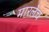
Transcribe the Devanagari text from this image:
मारलेच